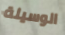
الوسيلة